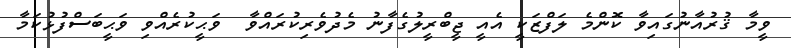
ވީމާ ޤުރުއާނުގައިވާ ކޮންމެ ލަފްޒަކީ އެއީ ޖީބްރީލުގެފާނު މެދުވެރިކުރައްވާ  ވަޙީކުރެއްވި ވަޙީބަސްފުޅުކަމާ